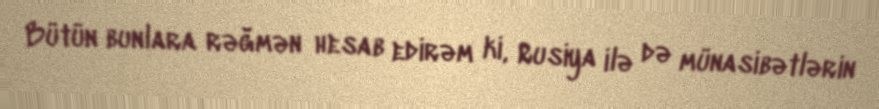
Bütün bunlara rəğmən hesab edirəm ki, Rusiya ilə də münasibətlərin